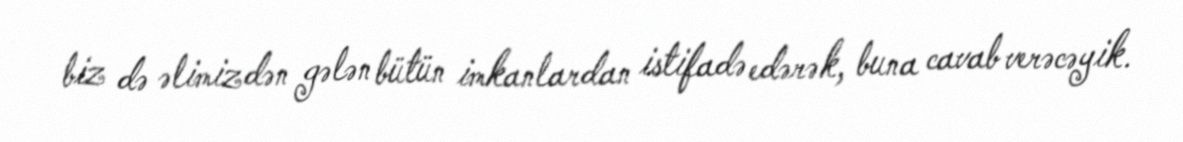
biz də əlimizdən gələn bütün imkanlardan istifadə edərək, buna cavab verəcəyik.